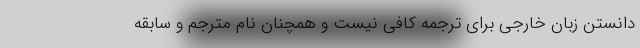
دانستن زبان خارجی برای ترجمه کافی نیست و همچنان نام مترجم و سابقه